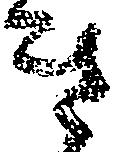
き